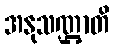
အနုသဏ္ဌာတိ